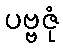
ပဗ္ဗဇုံ